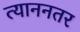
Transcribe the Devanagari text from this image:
त्याननतर